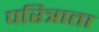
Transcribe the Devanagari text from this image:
परित्राता